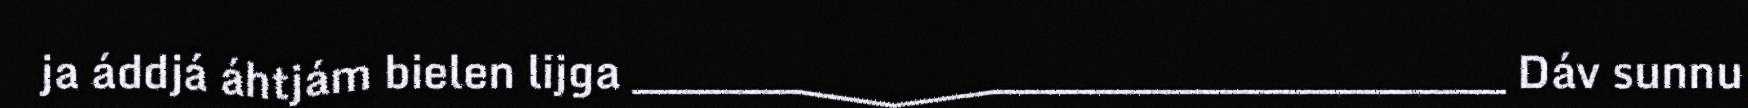
ja áddjá áhtjám bielen lijga _______________________________________________ Dáv sunnu